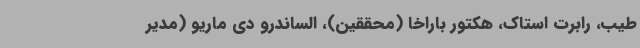
طیب، رابرت استاک، هکتور باراخا (محققین)، الساندرو دی ماریو (مدیر